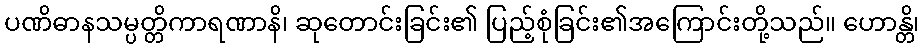
ပဏိဓာနသမ္ပတ္တိကာရဏာနိ၊ ဆုတောင်းခြင်း၏ ပြည့်စုံခြင်း၏အကြောင်းတို့သည်။ ဟောန္တိ၊